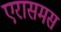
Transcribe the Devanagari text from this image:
एरासमस